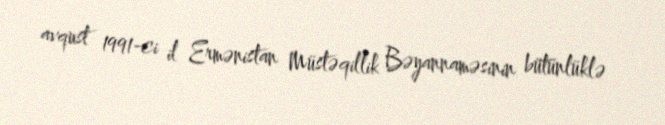
avqust 1991-ci il Ermənistan Müstəqillik Bəyannaməsinin bütünlüklə